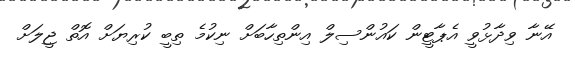
އޭނާ ވިދާޅުވީ އެޕާޓީން ކައުންސިލް އިންތިހާބަށް ނިކުމެ ތިބީ ކުރިޔަށް އޮޮތް ޖީލަށް